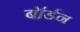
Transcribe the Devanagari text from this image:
बॉर्डन